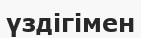
үздігімен